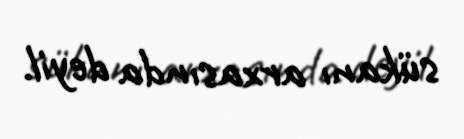
sükanı arxasında deyil.